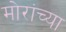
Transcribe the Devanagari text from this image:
मोरांच्या